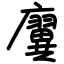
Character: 㢞